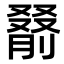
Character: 𪠰